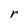
Character: r